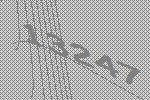
13247